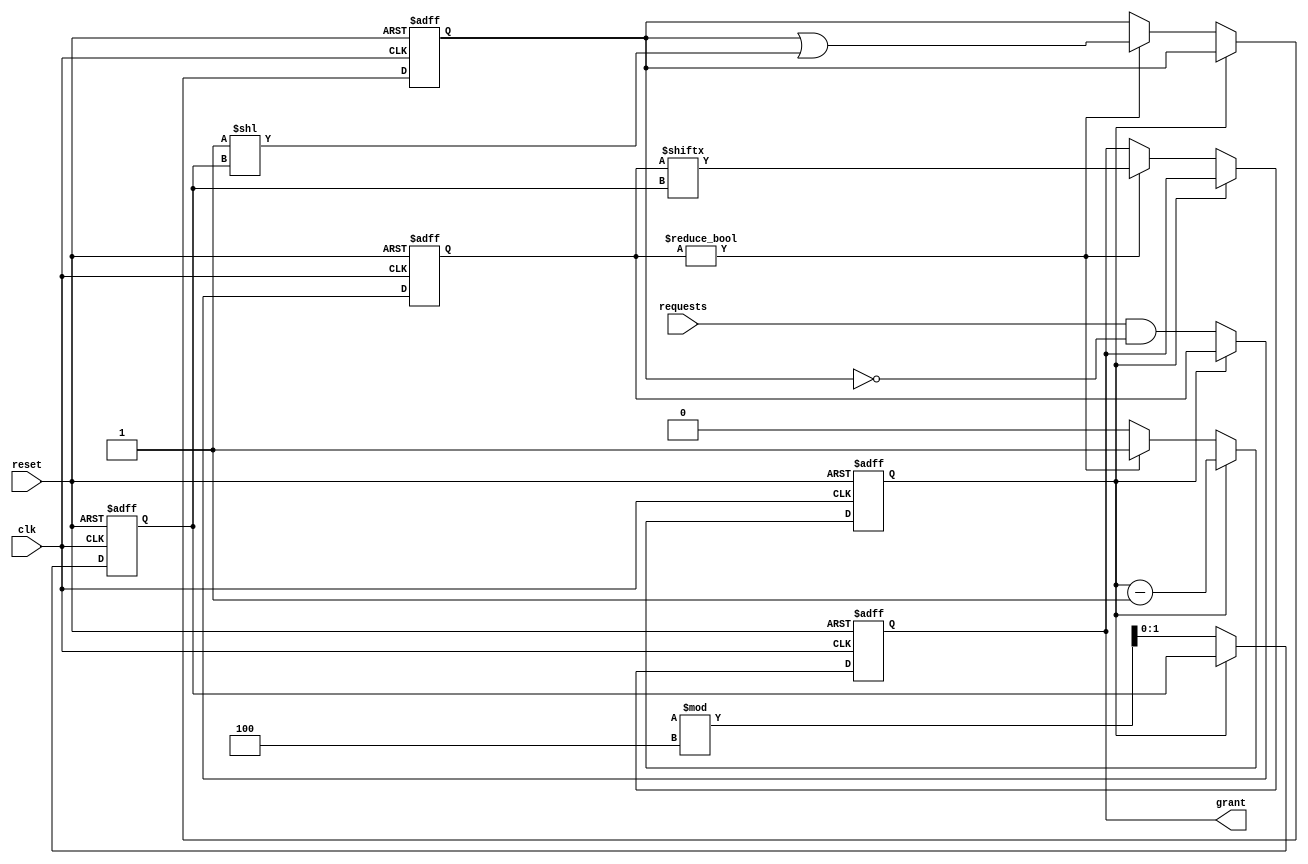
module RandomArbiter (
    input wire clk,
    input wire reset,
    input wire [3:0] requests, // 4 requesting modules
    output reg grant
);

reg [3:0] valid_requests;
reg [1:0] random_num;
reg grant_delay;
reg [3:0] grant_count;

always @(posedge clk or posedge reset) begin
    if (reset) begin
        grant <= 0;
        valid_requests <= 4'b0000;
        random_num <= 2'b00;
        grant_delay <= 0;
        grant_count <= 4'b0000;
    end else begin
        // Random selection logic
        if (grant_delay == 0) begin
            random_num <= $random % 4; // Generate a random number between 0 and 3
            valid_requests <= requests & ~grant_count; // Mask out requests that have already been granted
            if (valid_requests != 4'b0000) begin
                grant <= valid_requests[random_num];
                grant_count <= grant_count | (1 << random_num);
                grant_delay <= 1; // Grant access for one clock cycle
            end
        end else begin
            grant_delay <= grant_delay - 1;
        end
    end
end

endmodule